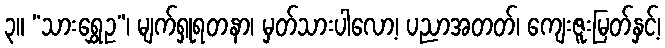
၃။ “သားရွှေဥ”၊ မျက်ရှုရတနာ၊ မှတ်သားပါလော့၊ ပညာအတတ်၊ ကျေးဇူးမြတ်နှင့်၊